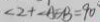
\angle 2 + \angle A E B = 9 0 ^ { \circ }